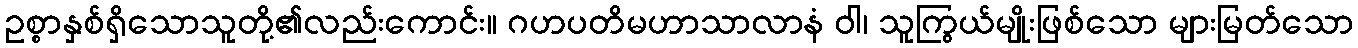
ဥစ္စာနှစ်ရှိသောသူတို့၏လည်းကောင်း။ ဂဟပတိမဟာသာလာနံ ဝါ၊ သူကြွယ်မျိုးဖြစ်သော များမြတ်သော